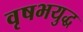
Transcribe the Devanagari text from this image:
वृषभयुद्ध